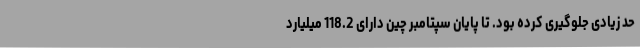
حد زیادی جلوگیری کرده بود. تا پایان سپتامبر چین دارای 118.2 میلیارد